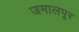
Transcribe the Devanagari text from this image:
जमालपूर